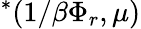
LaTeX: ^{*}(1/\beta\Phi_{r},\mu)